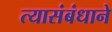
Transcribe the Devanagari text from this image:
त्यासंबंधाने